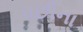
પછીના